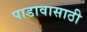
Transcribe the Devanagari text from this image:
पाडावासाठी